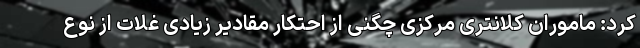
کرد: ماموران کلانتری مرکزی چگنی از احتکار مقادیر زیادی غلات از نوع